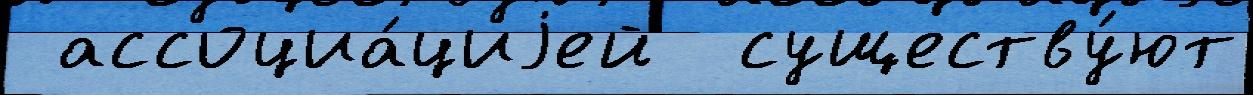
 ассоциа́циjей  существу́ют